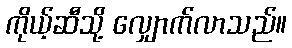
ကိုယ့်ဆီသို့ လျှောက်လာသည်။